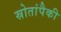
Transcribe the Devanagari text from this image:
स्रोतांपैकी